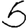
Digit: 5